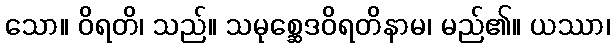
သော။ ဝိရတိ၊ သည်။ သမုစ္ဆေဒဝိရတိနာမ၊ မည်၏။ ယဿာ၊